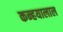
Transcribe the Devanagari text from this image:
कन्हयालाल